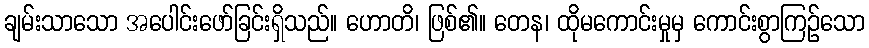
ချမ်းသာသော အပေါင်းဖော်ခြင်းရှိသည်။ ဟောတိ၊ ဖြစ်၏။ တေန၊ ထိုမကောင်းမှုမှ ကောင်းစွာကြဉ်သော